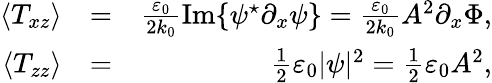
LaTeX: \begin{array}{rlr}{\langle T_{xz}\rangle}&{=}&{\frac{\varepsilon_{0}}{2k_{0}}\mathrm{Im}\{ \psi^{\star}\partial_{x}\psi\} =\frac{\varepsilon_{0}}{2k_{0}}A^{2}\partial_{x}\Phi,}\\ {\langle T_{zz}\rangle}&{=}&{\frac{1}{2}\varepsilon_{0}|\psi|^{2}=\frac{1}{2}\varepsilon_{0}A^{2},}\end{array}